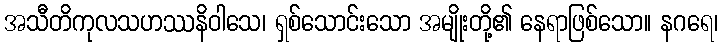
အသီတိကုလသဟဿနိဝါသေ၊ ရှစ်သောင်းသော အမျိုးတို့၏ နေရာဖြစ်သော။ နဂရေ၊